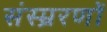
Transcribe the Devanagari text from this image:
संस्म्ररणों